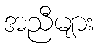
အညီများ